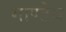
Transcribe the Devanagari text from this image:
गाण्डेय